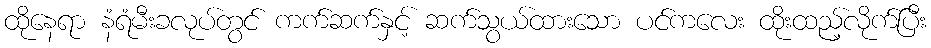
ထိုနေရာ နံရံမီးခလုပ်တွင် ကက်ဆက်နှင့် ဆက်သွယ်ထားသော ပင်ကလေး ထိုးထည့်လိုက်ပြီး